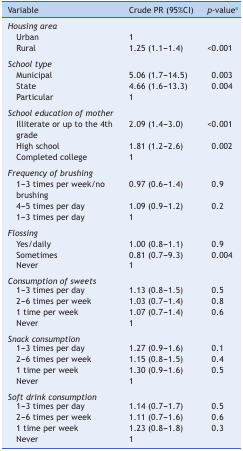
| Variable | Crude PR (95%CI) | p-valuea |
 | --- | --- | --- |
 | <COLSPAN=3> Housing area |
 | Urban | 1 |  |
 | Rural | 1.25 (1.1-1.4) | <0.001 |
 | <COLSPAN=3>  |
 | <COLSPAN=3> School type |
 | Municipal | 5.06 (1.7-14.5) | 0.003 |
 | State | 4.66 (1.6-13.3) | 0.004 |
 | Particular | 1 |  |
 | <COLSPAN=3>  |
 | <COLSPAN=3> School education of mother |
 | Illiterate or up to the 4th grade | 2.09 (1.4-3.0) | <0.001 |
 | High school | 1.81 (1.2-2.6) | 0.002 |
 | Completed college | 1 |  |
 | <COLSPAN=3>  |
 | <COLSPAN=3> Frequency of brushing |
 | 1-3 times per week/no brushing | 0.97 (0.6-1.4) | 0.9 |
 | 4-5 times per day | 1.09 (0.9-1.2) | 0.2 |
 | 1-3 times per day | 1 |  |
 | <COLSPAN=3>  |
 | <COLSPAN=3> Flossing |
 | Yes/daily | 1.00 (0.8-1.1) | 0.9 |
 | Sometimes | 0.81 (0.7-9.3) | 0.004 |
 | Never | 1 |  |
 | <COLSPAN=3>  |
 | <COLSPAN=3> Consumption of sweets |
 | 1-3 times per day | 1.13 (0.8-1.5) | 0.5 |
 | 2-6 times per week | 1.03 (0.7-1.4) | 0.8 |
 | 1 time per week | 1.07 (0.7-1.4) | 0.6 |
 | Never | 1 |  |
 | <COLSPAN=3>  |
 | <COLSPAN=3> Snack consumption |
 | 1-3 times per day | 1.27 (0.9-1.6) | 0.1 |
 | 2-6 times per week | 1.15 (0.8-1.5) | 0.4 |
 | 1 time per week | 1.30 (0.9-1.6) | 0.5 |
 | Never | 1 |  |
 | <COLSPAN=3>  |
 | <COLSPAN=3> Soft drink consumption |
 | 1-3 times per day | 1.14 (0.7-1.7) | 0.5 |
 | 2-6 times per week | 1.11 (0.7-1.6) | 0.6 |
 | 1 time per week | 1.23 (0.8-1.8) | 0.3 |
 | Never | 1 |  |